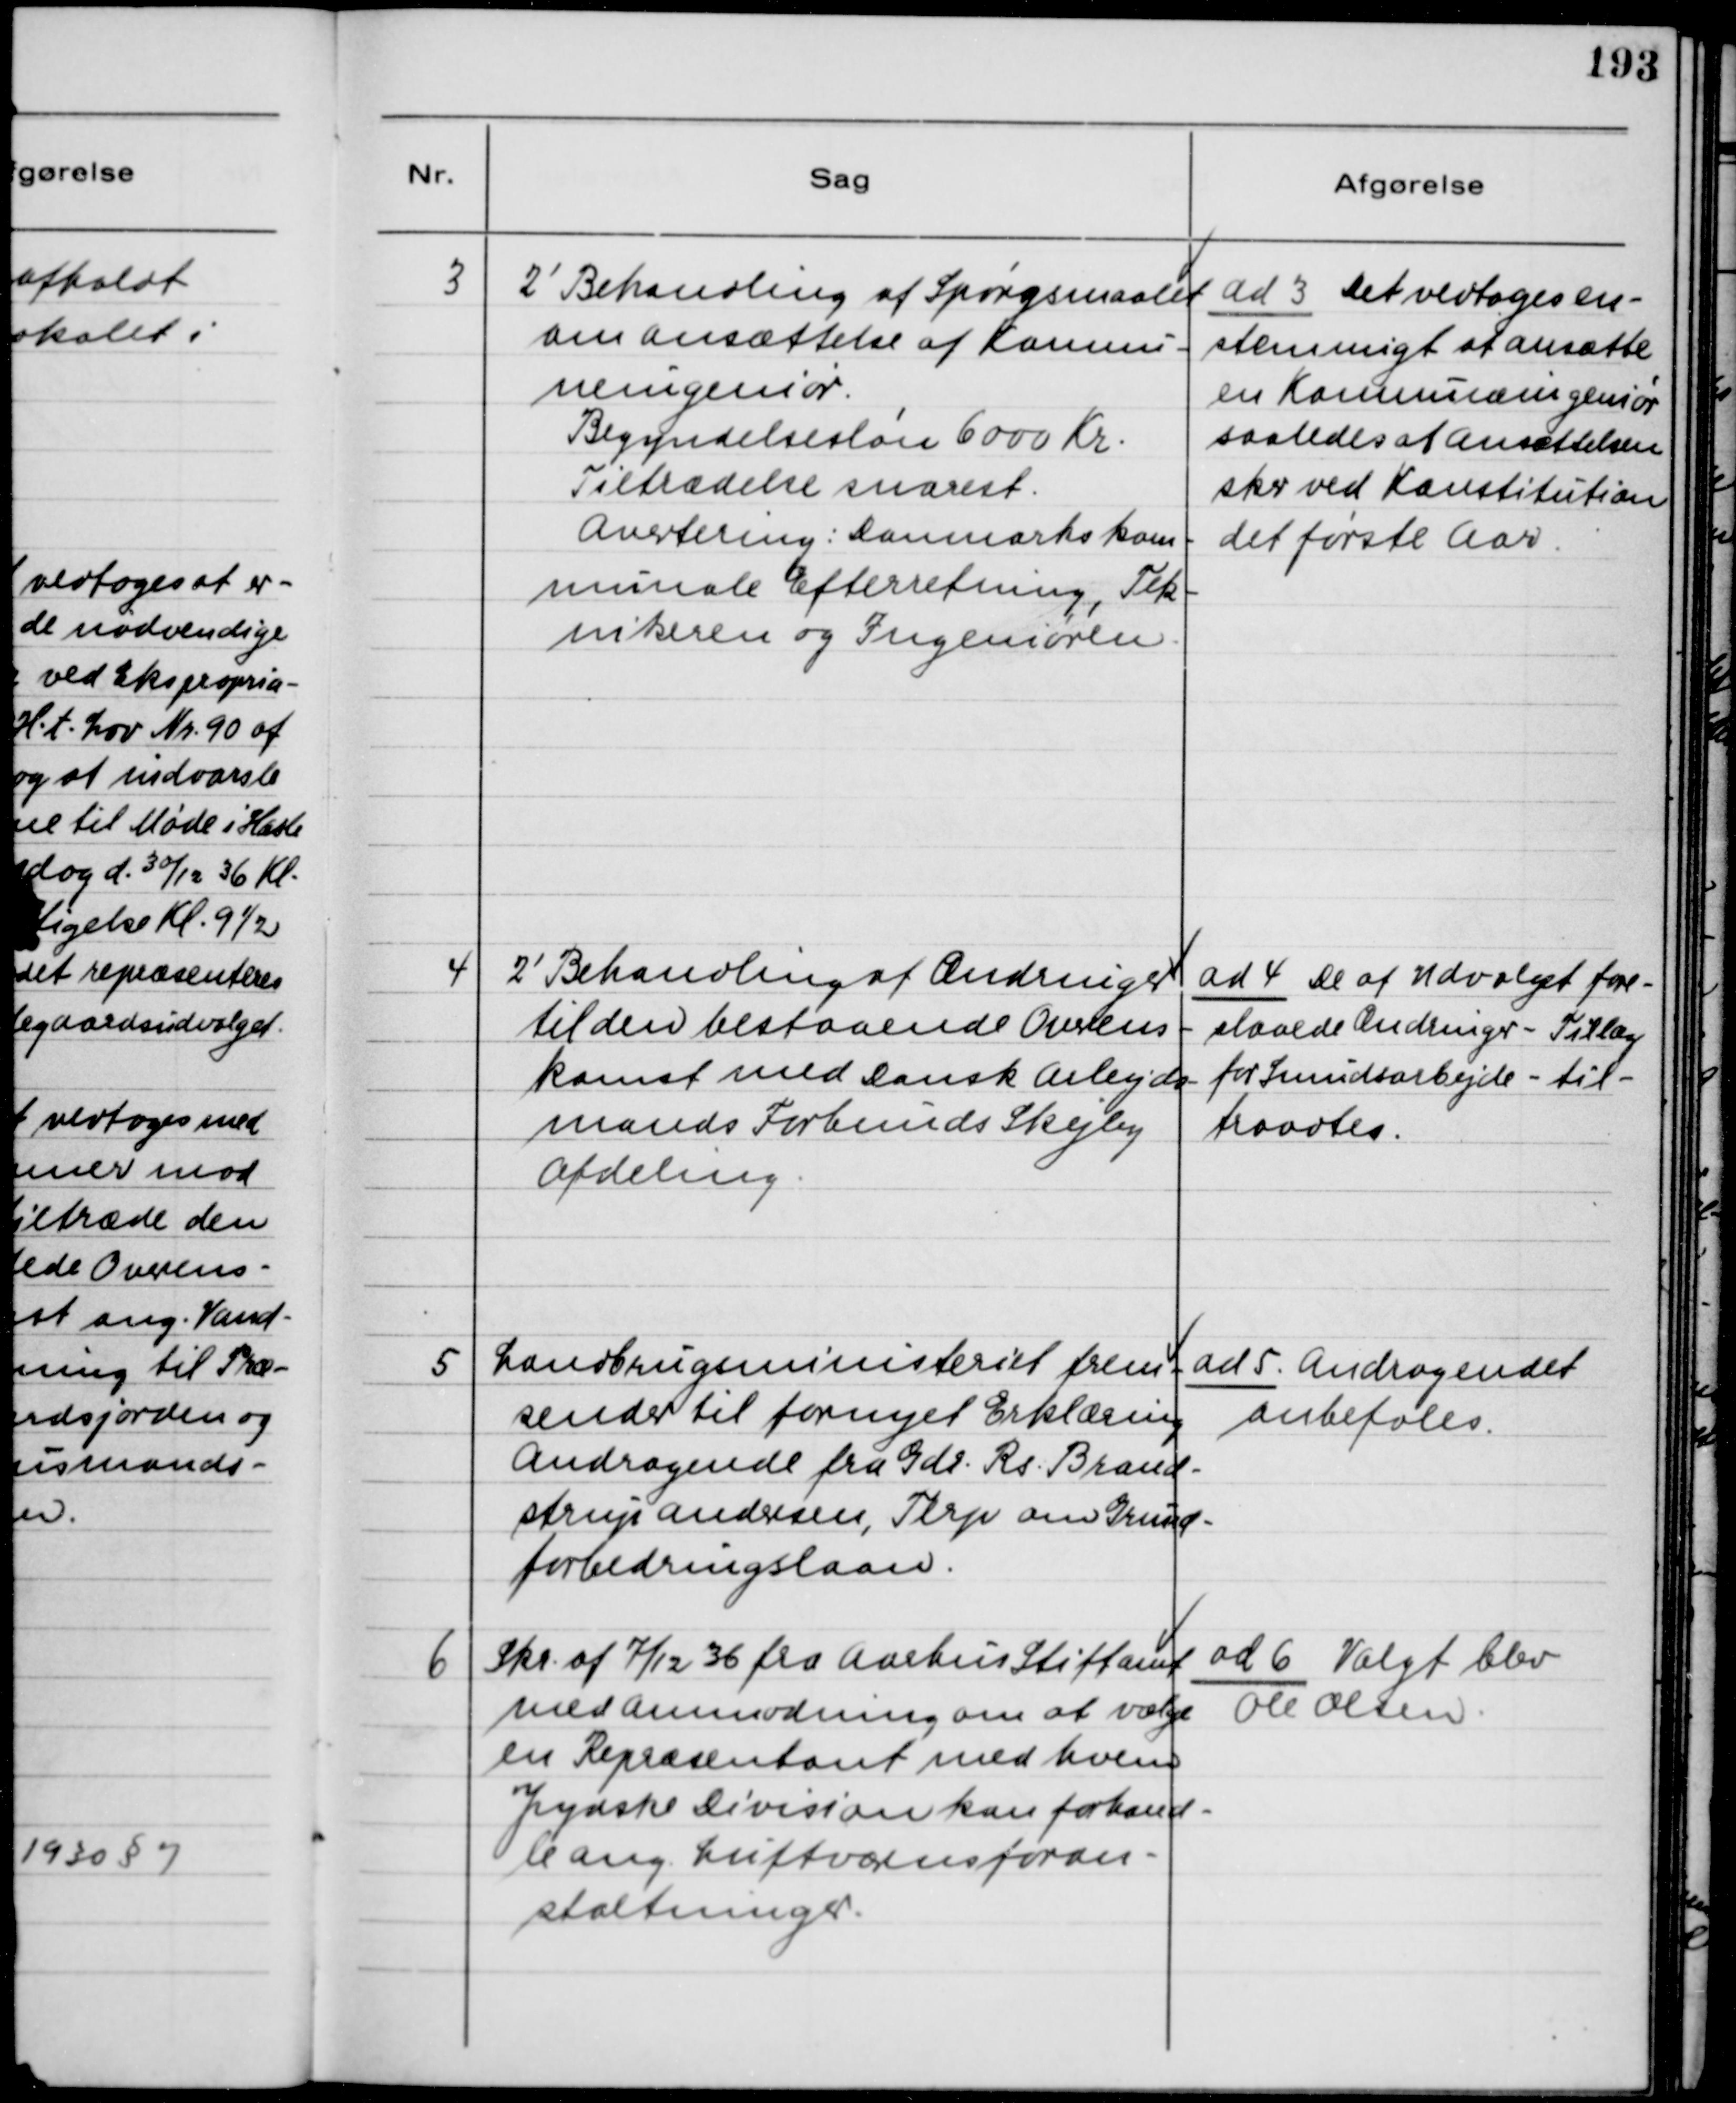
Transskription:
3
2' Behandling af Spørgsmaalet
om ansættelse af Kommu-
neingeniør.
Begyndelsesløn 6000 Kr.
Tiltrædelse snarest.
Avertering: Danmarks Kom-
munale Efterretning, Tek-
nikeren og Ingeniøren.
ad 3 Det vedtoges en-
stemmigt at ansætte
en Kommuneingeniør
saaledes at ansættelsen
sker ved Konstitution
det første Aar
4
2' Behandling af Ændringer
til den bestaaende Overens-
komst med Dansk Arbejds-
mands Forbunds Skejby
Afdeling.
ad 4 De af Udvalget fore-
slaaede Ændringer - Tillæg
for Smudsarbejde - til-
traadtes.
5
Landbrugsministeriet frem-
sender til fornyet Erklæring
Andragende fra Gdr. Rs. Brand-
strup Andersen, Terp om Grund-
forbedringslaan.
ad 5. Andragendet
anbefales.
6
Skr. af 7/12 36 fra Aarhus Stiftamt
med Anmodning om at vælge
en Repræsentant med hvem
Jydske Division kan forhand-
le ang. Luftværnsforan-
staltninger.
ad 6 Valgt blev
Ole Olsen.